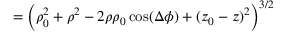
= \Big ( \rho _ { 0 } ^ { 2 } + \rho ^ { 2 } - 2 \rho \rho _ { 0 } \cos ( \Delta \phi ) + ( z _ { 0 } - z ) ^ { 2 } \Big ) ^ { 3 / 2 }